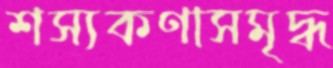
শস্যকণাসমৃদ্ধ